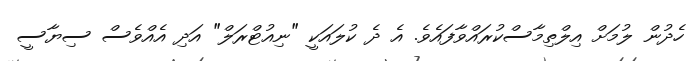
ހެދުން ލުމަށް އިލްތިމާސްކުރައްވާފައެވެ. އެ ދެ ކުލައަކީ "ނިއުޓްރަލް" އަދި އެއްވެސް ސިޔާސީ